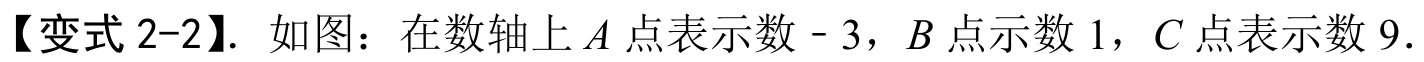
【变式 2-2】. 如图：在数轴上\(A\)点表示数\(- 3\)，\(B\)点示数\(1\)，\(C\)点表示数\(9\)．